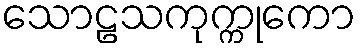
သောဠသကုက္ကုကော